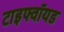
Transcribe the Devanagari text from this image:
टाइफ्वॉयड